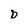
Character: D